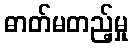
ဓာတ်မတည့်မှု